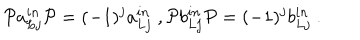
\mathcal { P } a _ { L j } ^ { i n } \mathcal { P } = ( - 1 ) ^ { j } a _ { L j } ^ { i n } \ , \mathcal { P } b _ { L j } ^ { i n } \mathcal { P } = ( - 1 ) ^ { j } b _ { L j } ^ { i n } \ .